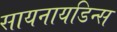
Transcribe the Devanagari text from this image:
सायनायडिन्स